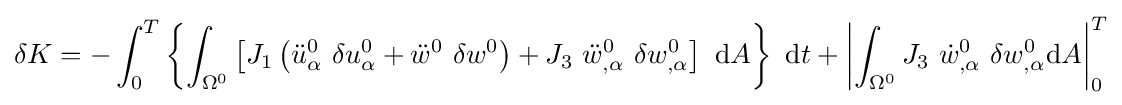
\delta K=-\int _{0}^{T}\left\{\int _{\Omega ^{0}}\left[J_{1}\left({\ddot {u}}_{\alpha }^{0}~\delta u_{\alpha }^{0}+{\ddot {w}}^{0}~\delta w^{0}\right)+J_{3}~{\ddot {w}}_{,\alpha }^{0}~\delta w_{,\alpha }^{0}\right]~\mathrm {d} A\right\}~\mathrm {d} t+\left|\int _{\Omega ^{0}}J_{3}~{\dot {w}}_{,\alpha }^{0}~\delta w_{,\alpha }^{0}\mathrm {d} A\right|_{0}^{T}